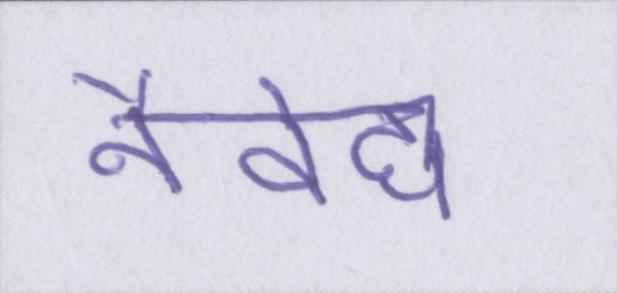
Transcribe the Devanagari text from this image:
नैवेद्य